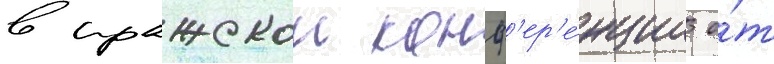
в пражскои конф'ер'е́нции о́т